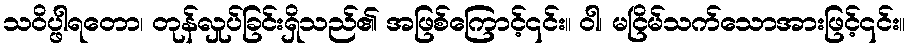
သဝိပ္ဖါရတော၊ တုန်လှုပ်ခြင်းရှိသည်၏ အဖြစ်ကြောင့်၎င်း။ ဝါ၊ မငြိမ်သက်သောအားဖြင့်၎င်း။